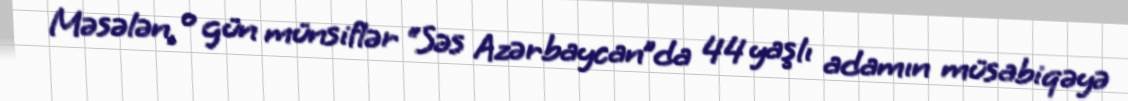
Məsələn, o gün münsiflər “Səs Azərbaycan”da 44 yaşlı adamın müsabiqəyə